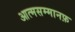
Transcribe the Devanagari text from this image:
आत्मसम्मानफ़